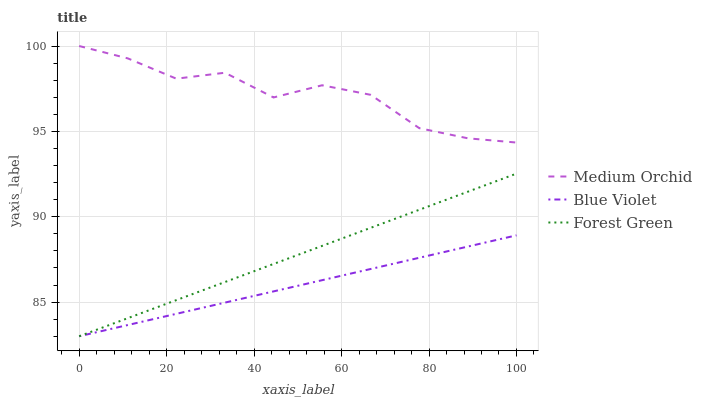
| xaxis_label | Medium Orchid | Blue Violet | Forest Green |
 | --- | --- | --- | --- |
 | 0 | 100 | 83 | 83 |
 | 11.1 | 99.3 | 83.7 | 84.1 |
 | 22.2 | 98.1 | 84.3 | 85.1 |
 | 33.3 | 98.4 | 85 | 86.2 |
 | 44.4 | 97 | 85.6 | 87.2 |
 | 55.6 | 97.7 | 86.3 | 88.3 |
 | 66.7 | 97.1 | 86.9 | 89.4 |
 | 77.8 | 95.2 | 87.6 | 90.4 |
 | 88.9 | 94.6 | 88.3 | 91.5 |
 | 100 | 94.3 | 88.9 | 92.5 |